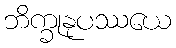
ဘိက္ခုနုပဿယေ